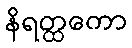
နိရတ္ထကော